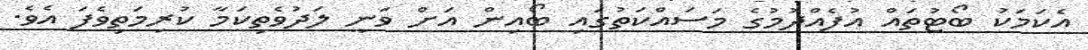
އެކަމަކު ބޯޓުތައް އުފެއްދުމުގެ މަސައްކަތުގައި ބޯއިން އަށް ވަނީ ލަދުވެތިކަމާ ކުރިމަތިވެފަ އެވެ.